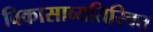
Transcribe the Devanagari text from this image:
विकासाव्यतिरिक्त